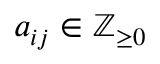
a _ { i j } \in \mathbb { Z } _ { \geq 0 }